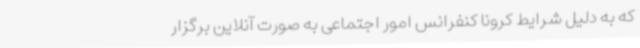
که به دلیل شرایط کرونا کنفرانس امور اجتماعی به صورت آنلاین برگزار